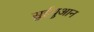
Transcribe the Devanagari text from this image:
सुईयुआन